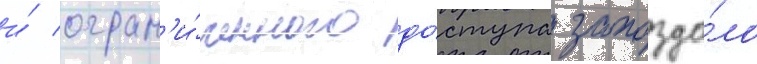
и́ огран'и́ченного до́ступа запозда́ло